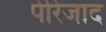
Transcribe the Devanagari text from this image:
पेरिजाद